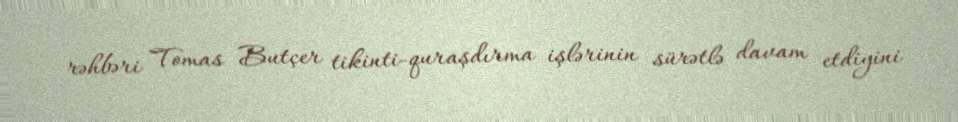
rəhbəri Tomas Butçer tikinti-quraşdırma işlərinin sürətlə davam etdiyini